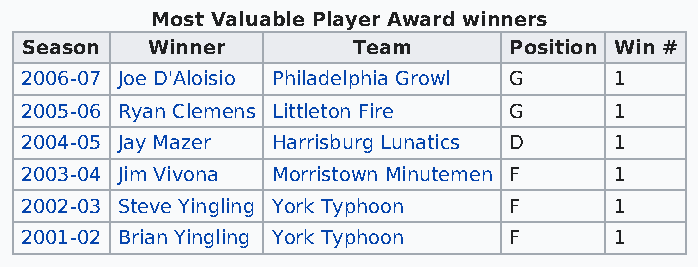
Most Valuable Player Award winners
 Season   Winner       Team       Position Win #
 2006-07 Joe D'Aloisio Philadelphia Growl G 1
 2005-06 Ryan Clemens Littleton Fire G   1
 2004-05 Jay Mazer Harrisburg Lunatics D 1
 2003-04 Jim Vivona Morristown Minutemen F 1
 2002-03 Steve Yingling York Typhoon F   1
 2001-02 Brian Yingling York Typhoon F   1